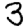
Digit: 3